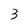
Character: 3